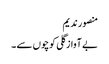
منصور ندیم
بے آواز گلی کوچوں سے ۔